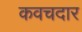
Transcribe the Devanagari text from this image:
कवचदार